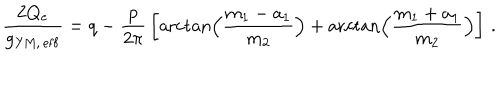
{ \frac { 2 Q _ { \mathrm { e } } } { g _ { \mathrm { Y M , \, e f f } } } } = q - { \frac { p } { 2 \pi } } \left[ \operatorname { a r c t a n } \Bigl ( { \frac { m _ { 1 } - a _ { 1 } } { m _ { 2 } } } \Bigr ) + \operatorname { a r c t a n } \Bigl ( { \frac { m _ { 1 } + a _ { 1 } } { m _ { 2 } } } \Bigr ) \right] \, .